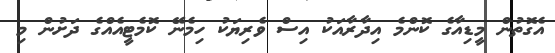
އެގޮތުން މީޑިއާގެ ކޮންމެ އިދާރާއަކު އިސް ވެރިޔަކު ހިމެނޭ ކޮމެޓީއެއްގެ ދަށުން މި